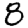
Digit: 8